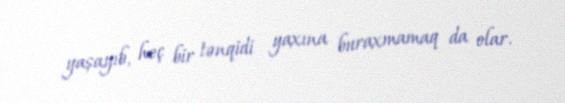
yaşayıb, heç bir tənqidi yaxına buraxmamaq da olar.